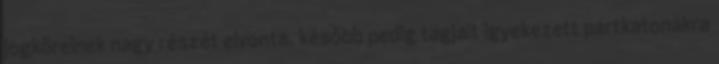
jogköreinek nagy részét elvonta, később pedig tagjait igyekezett pártkatonákra